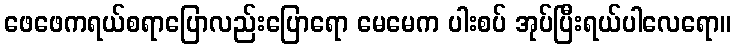
ဖေဖေကရယ်စရာပြောလည်းပြောရော မေမေက ပါးစပ် အုပ်ပြီးရယ်ပါလေရော။